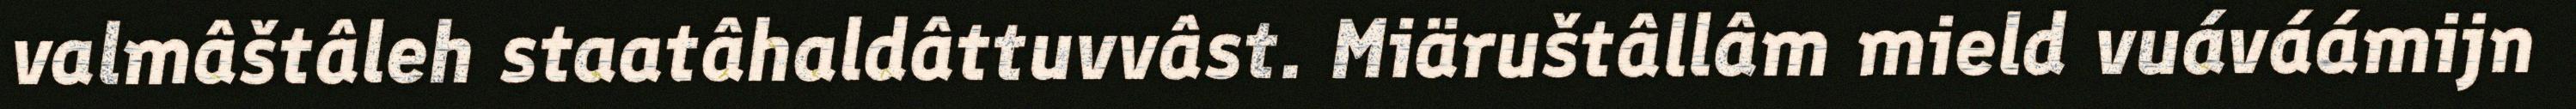
valmâštâleh staatâhaldâttuvvâst. Miäruštâllâm mield vuáváámijn